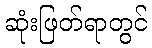
ဆုံးဖြတ်ရာတွင်